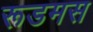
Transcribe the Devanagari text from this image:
रूडमस